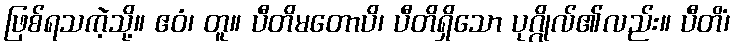
ဖြစ်ရသကဲ့သို့။ ဧဝံ၊ တူ။ ပီတိမတောပိ၊ ပီတိရှိသော ပုဂ္ဂိုလ်၏လည်း။ ပီတိံ၊